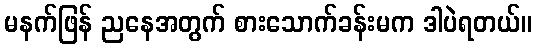
မနက်ဖြန် ညနေအတွက် စားသောက်ခန်းမက ဒါပဲရတယ်။